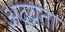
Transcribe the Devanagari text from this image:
अद्य्नता